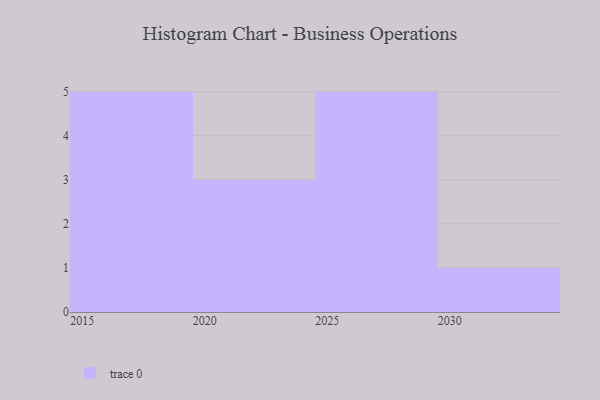
{"axis": {"x": "Year", "y": "Page Views"}, "legend": [""], "data": [{"x": "2030", "y": 54, "type": ""}, {"x": "2028", "y": 22, "type": ""}, {"x": "2020", "y": 47, "type": ""}, {"x": "2025", "y": 65, "type": ""}, {"x": "2029", "y": 60, "type": ""}, {"x": "2018", "y": 75, "type": ""}, {"x": "2026", "y": 27, "type": ""}, {"x": "2023", "y": 93, "type": ""}, {"x": "2024", "y": 62, "type": ""}, {"x": "2019", "y": 18, "type": ""}, {"x": "2016", "y": 23, "type": ""}, {"x": "2027", "y": 25, "type": ""}, {"x": "2015", "y": 56, "type": ""}, {"x": "2017", "y": 9, "type": ""}]}